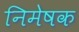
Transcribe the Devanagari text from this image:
निमेषक